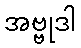
အဗ္ဗုဒါ